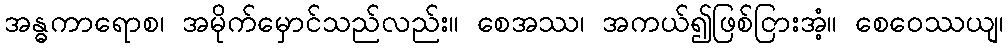
အန္ဓကာရောစ၊ အမိုက်မှောင်သည်လည်း။ စေအဿ၊ အကယ်၍ဖြစ်ငြားအံ့။ စေဝေဿယျ၊